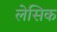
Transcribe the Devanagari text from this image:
लेसिक